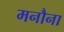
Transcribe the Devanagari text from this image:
मनौना